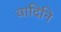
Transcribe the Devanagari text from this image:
वादिनि